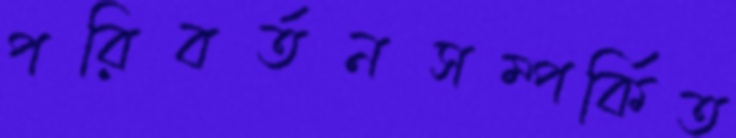
পরিবর্তনসম্পর্কিত